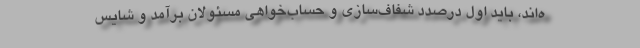
ه‌اند، باید اول درصدد شفاف‌سازی و حساب‌خواهی مسئولان برآمد و شایس